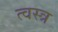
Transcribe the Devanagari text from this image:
त्वस्त्र